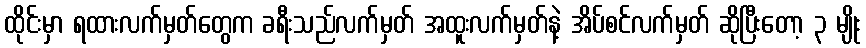
ထိုင်းမှာ ရထားလက်မှတ်တွေက ခရီးသည်လက်မှတ် အထူးလက်မှတ်နဲ့ အိပ်စင်လက်မှတ် ဆိုပြီးတော့ ၃ မျိုး